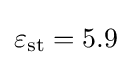
\varepsilon _{\text{st}}=5.9